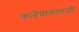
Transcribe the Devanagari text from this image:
कन्हैयालालजी